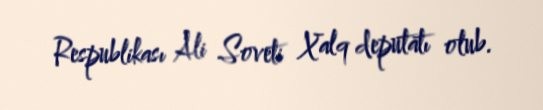
Respublikası Ali Soveti Xalq deputatı olub.